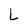
Character: L